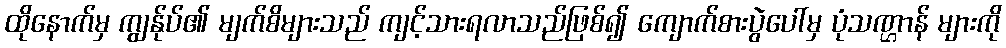
ထိုနောက်မှ ကျွန်ုပ်၏ မျက်စိများသည် ကျင့်သားရလာသည်ဖြစ်၍ ကျောက်စားပွဲပေါ်မှ ပုံသဏ္ဌာန် များကို